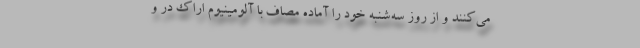
می‌کنند و از روز سه‌شنبه خود را آماده مصاف با آلومینیوم اراک در و